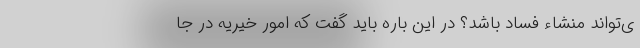
ی‌تواند منشاء فساد باشد؟ در این باره باید گفت که امور خیریه در جا